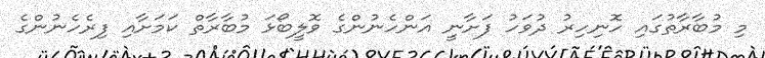
މި މުބާރާތުގައި ހޮނިހިރު ދުވަހު ފަށާނީ އަންހެނުންގެ ވޮލީބޯޅަ މުބާރާތް ކަމަށާއި ފިރެހެނުންގެ